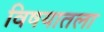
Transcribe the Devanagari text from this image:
विषयातला